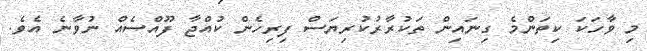
މި ވާހަކަ ކިތަންމެ ގިނައިން ތަކުރާރުކުރިޔަސް ފިރިހެން ކުއްޖާ ފޫއްސެއް ނުވާނެ އެވެ.